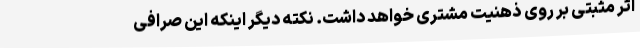
اثر مثبتی بر روی ذهنیت مشتری خواهد داشت. نکته دیگر اینکه این صرافی